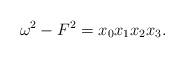
LaTeX: \begin{align*} \omega^2 - F^2 = x_0 x_1 x_2 x_3.\end{align*}